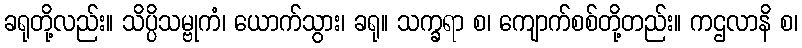
ခရုတို့လည်း။ သိပ္ပိသမ္ဗုကံ၊ ယောက်သွား၊ ခရု။ သက္ခရာ စ၊ ကျောက်စစ်တို့တည်း။ ကဌလာနိ စ၊